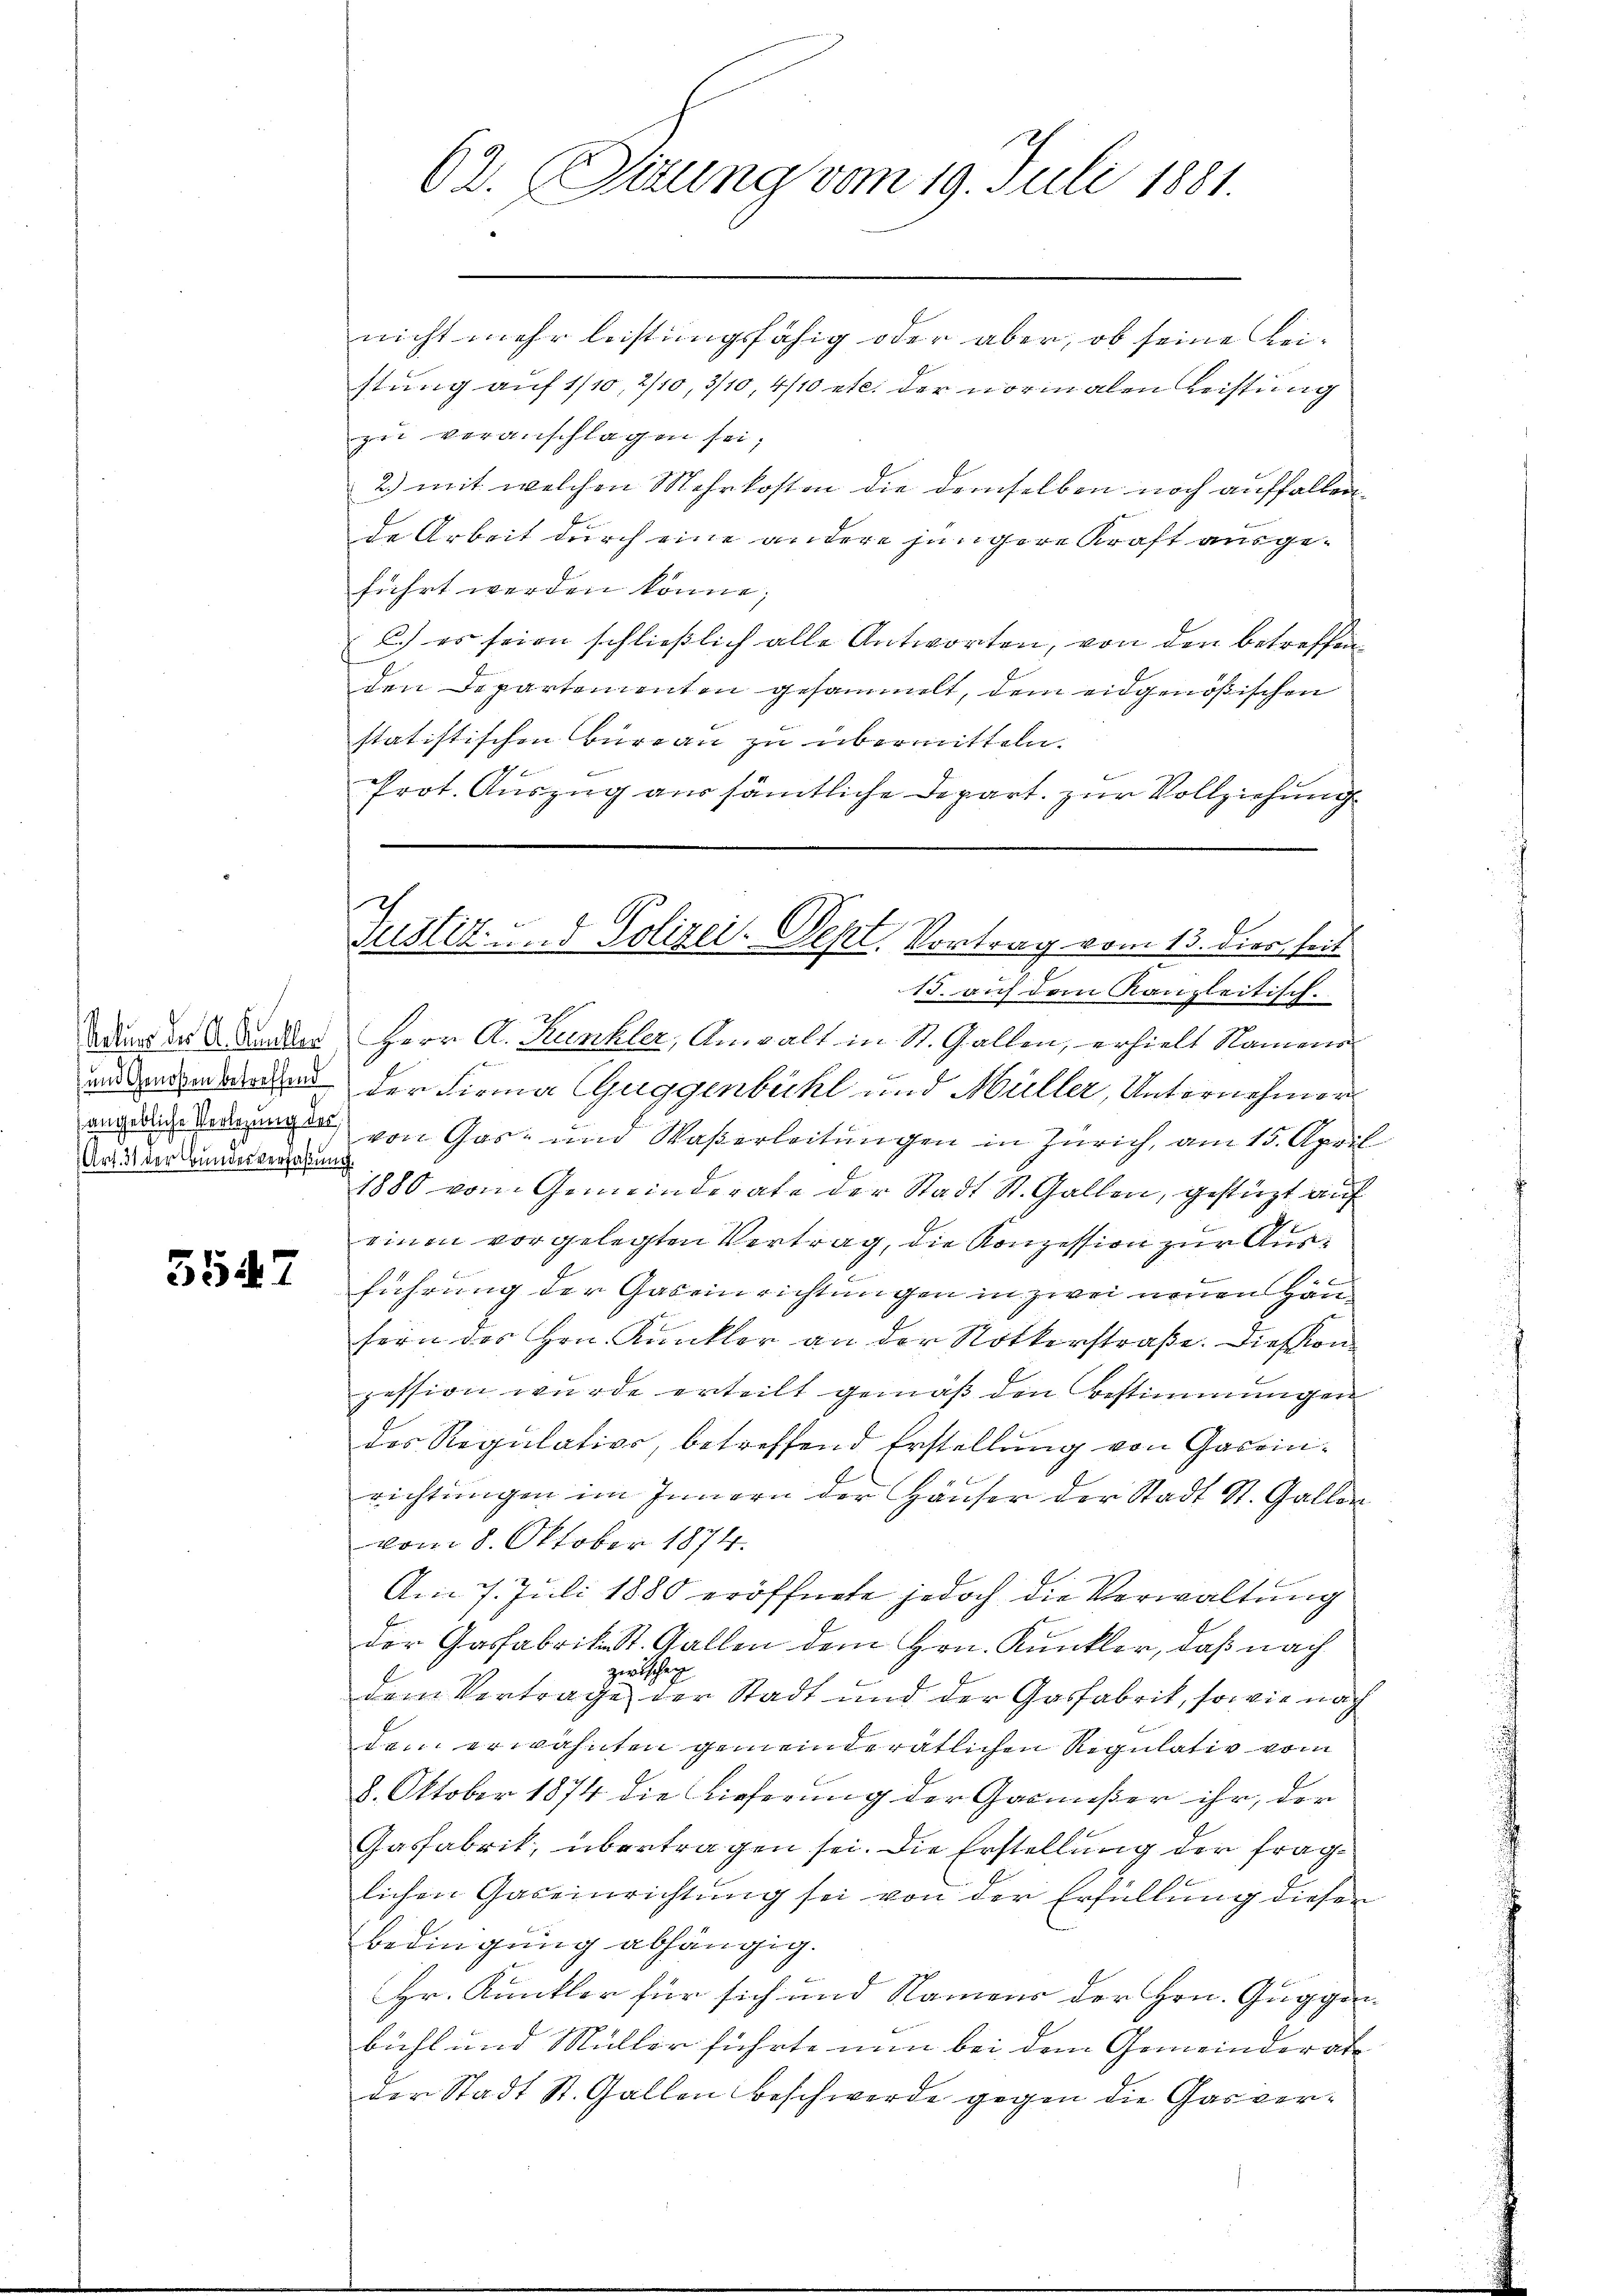
Art. 31 der Bundesverfaßung

5547

nicht mehr leistungsfähig oder aber, ob seine Leistung auf 1/10, 2/10, 3/10, 410 etc. der normalen Leistung
zu veranschlagen sei,
2.) mit welchen Mehrkosten die demselben noch auffallen,
de Arbeit durch eine andere jüngere Kraft ausgeführt werden könne;
.) es seien schließlich alle Antworten, von den betreffen
den Departementen gesammelt, dem eidgenößischen
statistischen Büreau zu übermitteln.
Prot. Auszug aus sämtliche Depart. zur Vollziehung
15. auf dem Kanzleitisch.
ddiens des Ander Herr A. Kunkler, Anwalt in St. Gallen, erhielt Namens
edenen der Firma Guggenbühl und Müller, Unternehmen
adin den von Gas- und Waßerleitungen in Zürich, am 15. April
1880 vom Gemeinderate der Stadt St. Gallen, gestüzt auf
einen vorgelegten Vertrag, die Konzession zur Ausführung der Gaseinrichtungen in zwei neuen Häusern des Hrn. Kankler an der Notterstraße. Diesen
pession wurde erteilt gemäß den Bestimmungen
des Regulation, betreffend Erstellung von Gareinrichtŭngen im Innern der Häŭser der Stadt St. Gallen
vom 8. Oktober 1874.
Am 7. Juli 1880 eröffnete jedoch die Verwaltung
der Gasfabrik. St. Gallen dem Hrn. Kunkler, daß nach
zwischen
dem Vertrage der Stadt und der Gasfabrik, sowie nach
dem erwähnten gemeinderätlichen Regulativ vom
8. Oktober 1874 die Lieferung der Garmißer ihr, der
Gasfabrik, übertragen sei. Die Erstellung der fraglichen Gaseinrichtung sei von der Erfüllung dieser
Bedingung abhängig.
Hr. Kunkler für sich und Namens der Hrn. Guggen
bühl und Müller führte nun bei dem Gemeinderate
der Stadt St. Gallen Beschwerde gegen die Garver¬

62. (Situng vom 19. Juli 1881.

Justiz und Polizei-Sept. Vortrag vom 13. die heit